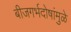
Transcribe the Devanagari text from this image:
बीजगर्भदोषांमुळे